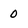
Character: 0